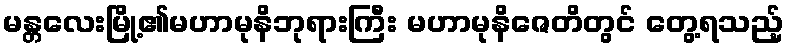
မန္တလေးမြို့၏မဟာမုနိဘုရားကြီး မဟာမုနိဇေတိတွင် တွေ့ရသည့်